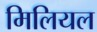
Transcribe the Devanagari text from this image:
मिलियल